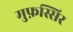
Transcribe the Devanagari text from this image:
मुफ़स्सिर